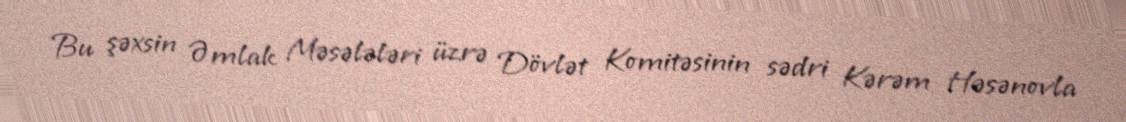
Bu şəxsin Əmlak Məsələləri üzrə Dövlət Komitəsinin sədri Kərəm Həsənovla